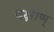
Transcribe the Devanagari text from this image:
दक्षीण्